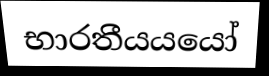
භාරතීයයයෝ